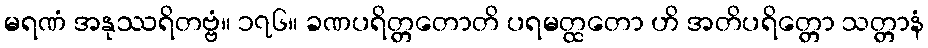
မရဏံ အနုဿရိတဗ္ဗံ။ ၁၇၆။ ခဏပရိတ္တတောတိ ပရမတ္ထတော ဟိ အတိပရိတ္တော သတ္တာနံ